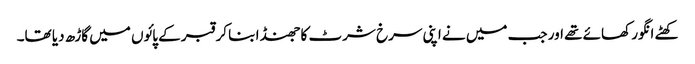
کھٹے انگور کھائے تھے اور جب میں نے اپنی سرخ شرٹ کا جھنڈا بنا کر قبر کے پائوں میں گاڑھ دیا تھا۔